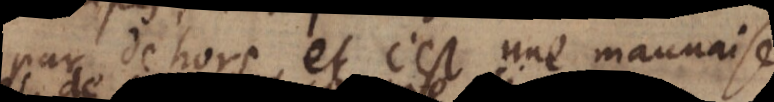
par dehors, et c’est une mauvaise